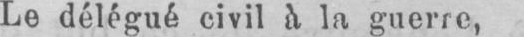
Le délégué civil a la guerre,